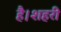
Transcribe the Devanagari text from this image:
है।शहरी